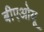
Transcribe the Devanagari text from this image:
बीएओयू